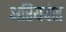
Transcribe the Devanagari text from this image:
अरियवंश